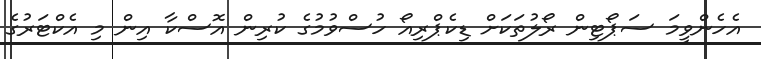
އެހެންވީމަ ސަޕޯޓިން ރޯލުތަކަށް ޑިކެޕްރިއޯ ހުސްވުމުގެ ކުރިން އޮސްކާ އިން މި އެކްޓަރުގެ